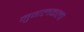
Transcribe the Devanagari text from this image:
मुगलकला